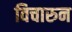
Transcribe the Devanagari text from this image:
विचारुन